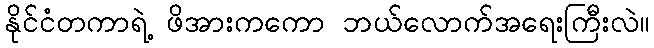
နိုင်ငံတကာရဲ့ ဖိအားကကော ဘယ်လောက်အရေးကြီးလဲ။